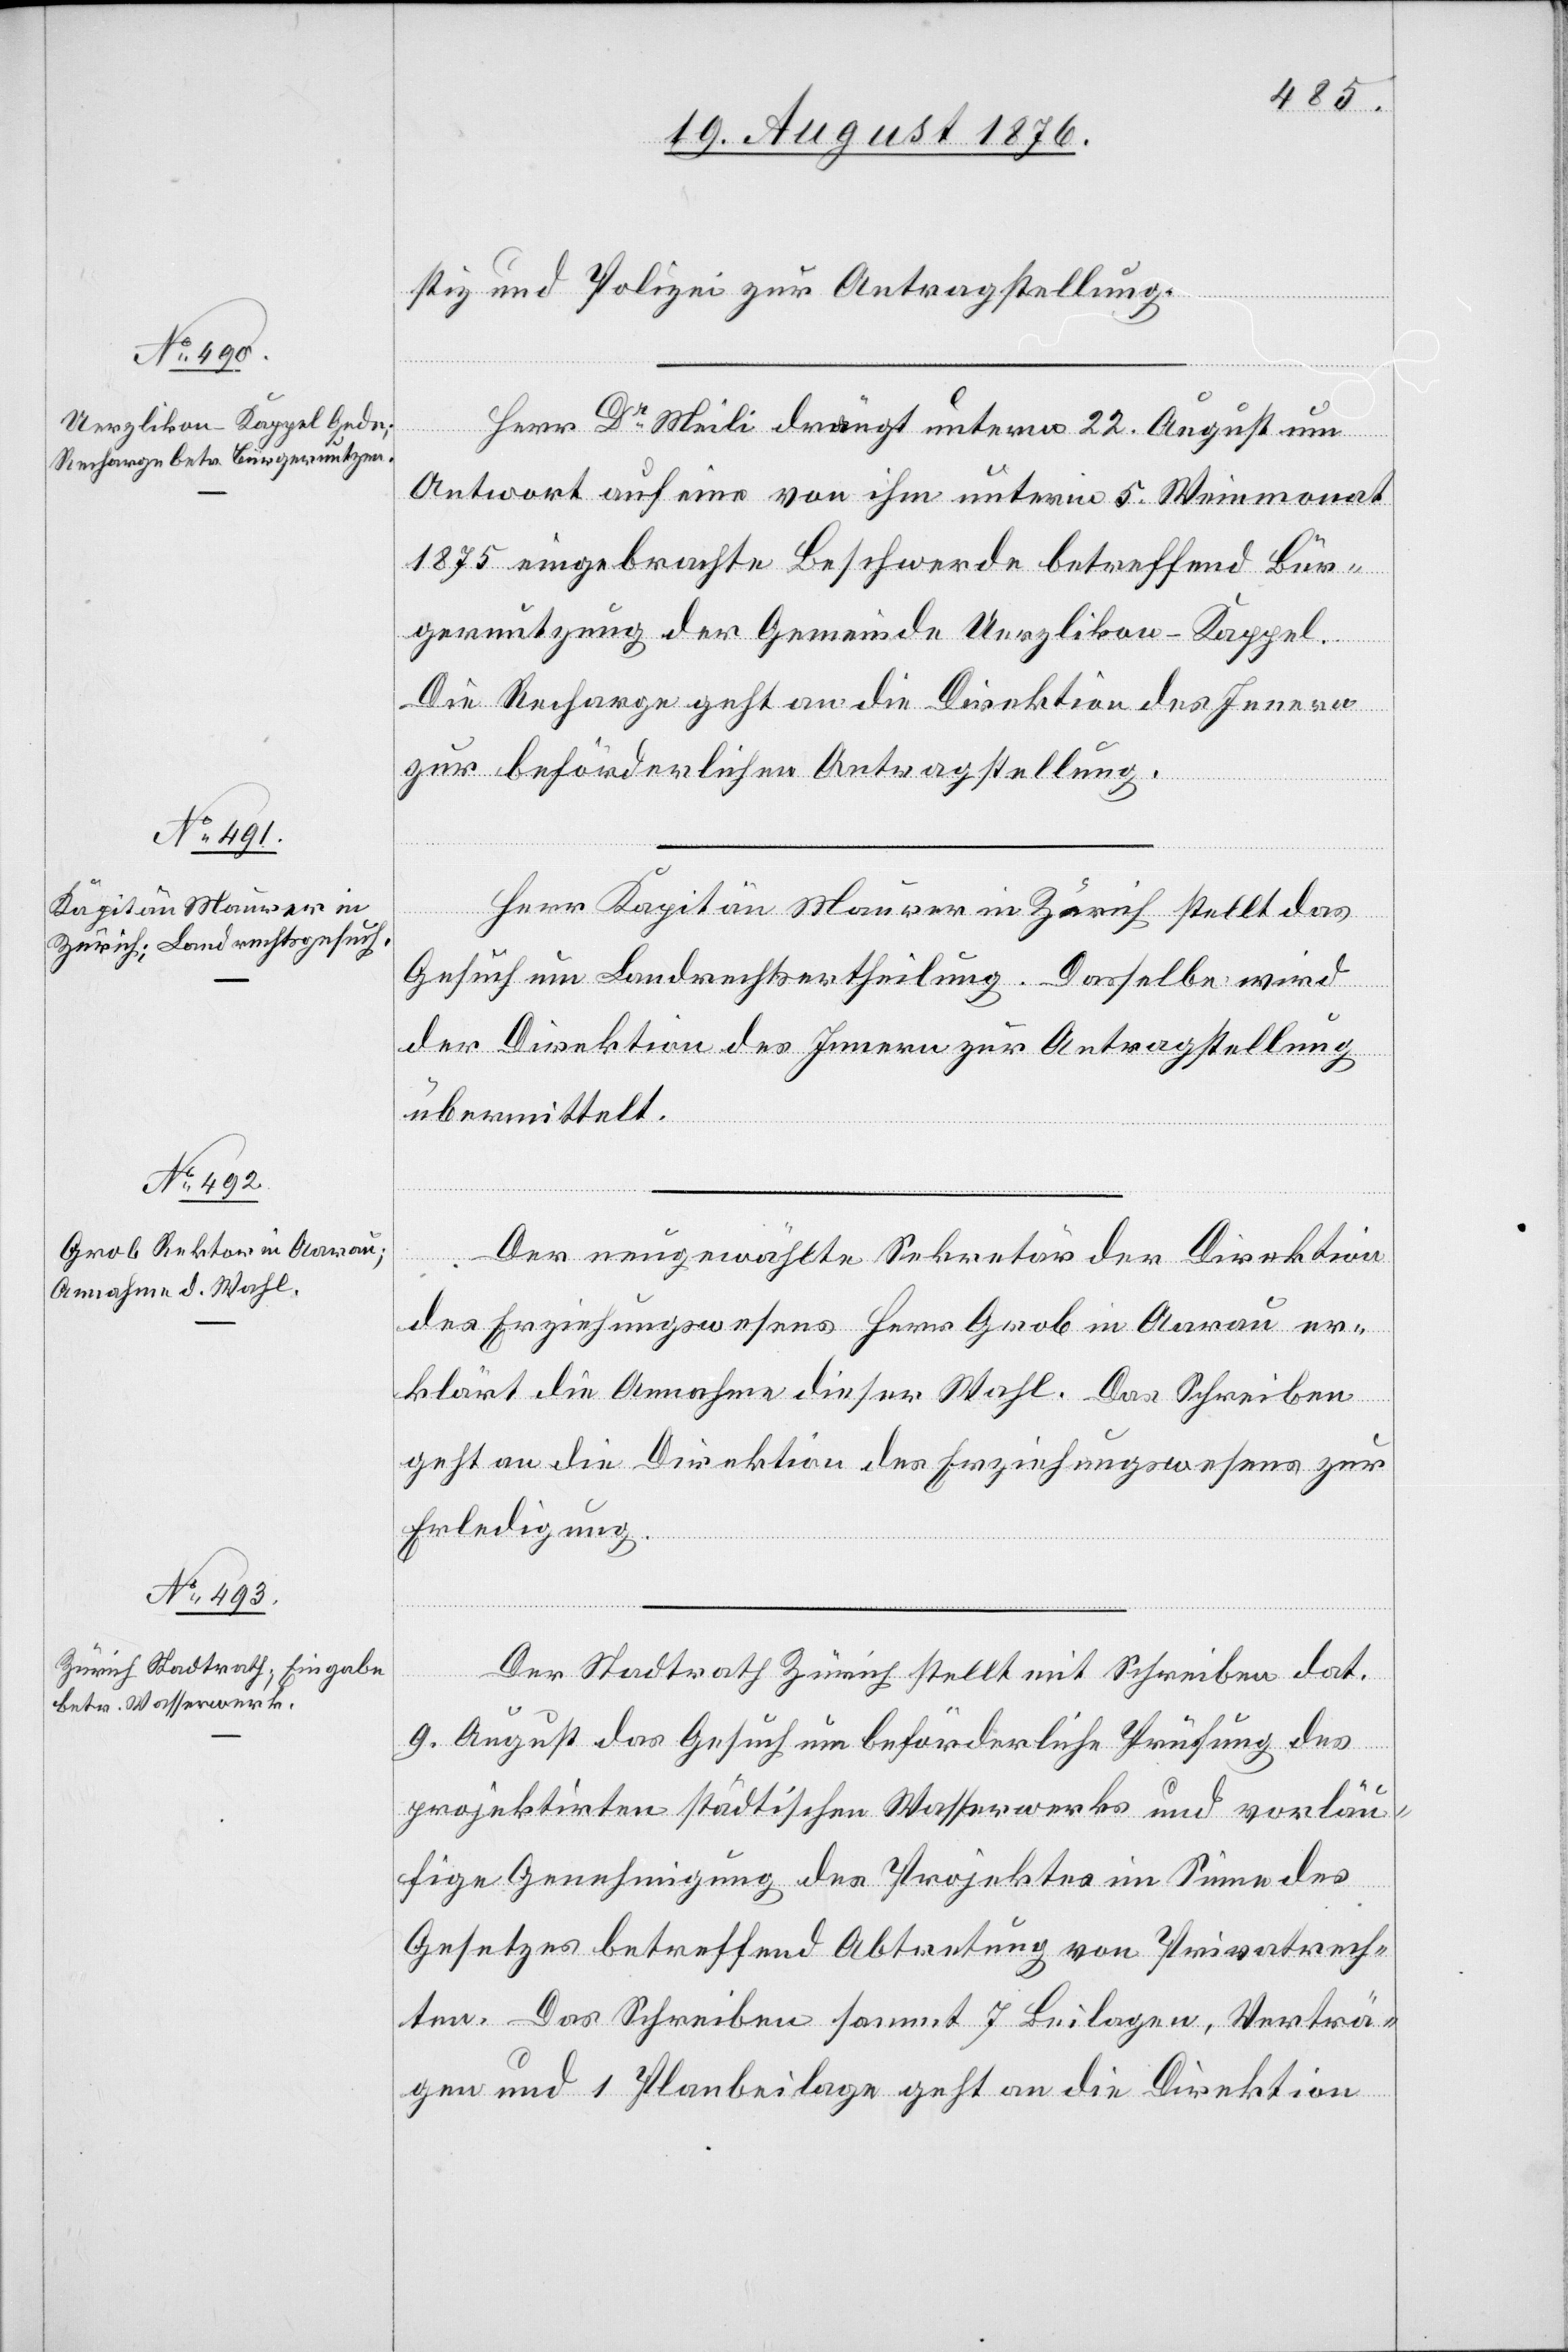
24. August 1876.]
stiz und Polizei zur Antragstellung.
Herr Dr Meili drängt unterm 22. August um
Antwort auf eine von ihm unterm 5. Wintermonat
1875 eingebrachte Beschwerde betreffend Bür¬
gernutzung der Gemeinde Uerzlikon - Kappel.
Die Recharge geht an die Direktion des Innern
Herr Kapitän Maurer in Zürich stellt das
Gesuch um Landrechtsertheilung. Dasselbe wird
der Direktion des Innern zur Antragstellung
übermittelt.
Der neugewählte Sekretär der Direktion
des Erziehungswesens Herr Grob in Aarau er¬
klärt die Annahme dieser Wahl. Das Schreiben
geht an die Direktion des Erziehungswesens zur
Erledigung.
Der Stadtrath Zürich stellt mit Schrieben dat.
9. August das Gesuch um beförderliche Prüfung des
projektirten städtischen Wasserwerks und vorläu¬
fige Genehmigung des Projektes im Sinne des
Gesetzes betreffend Abtretung von Privatrech¬
ten. Das Schreiben sammt 7 Beilagen, Verträ¬
gen und 1 Planbeilage geht an die Direktion